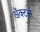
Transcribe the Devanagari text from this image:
ॲक्टर्स